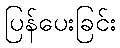
ပြန်ပေးခြင်း